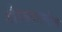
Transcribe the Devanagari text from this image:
बौध्दकालीन